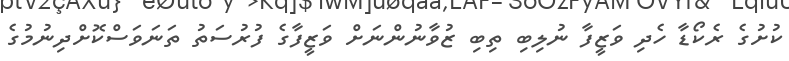
ކުށުގެ ރެކޯޑާ ހެދި ވަޒީފާ ނުލިބި ތިބި ޒުވާނުންނަށް ވަޒީފާގެ ފުރުސަތު ތަނަވަސްކޮށްދިނުމުގެ